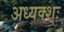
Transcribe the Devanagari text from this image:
अध्यक्श्ः